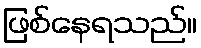
ဖြစ်နေရသည်။